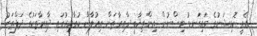
އެއީ ކޮމިޝަނުގެ މައިގަނޑު ވިސްނުން. އިންތިޚާބީ ދާއިރާތަށް އިއުލާން ކުރާއިރުގައި ދާއިރާތަކުގެ ދަފްތަރު